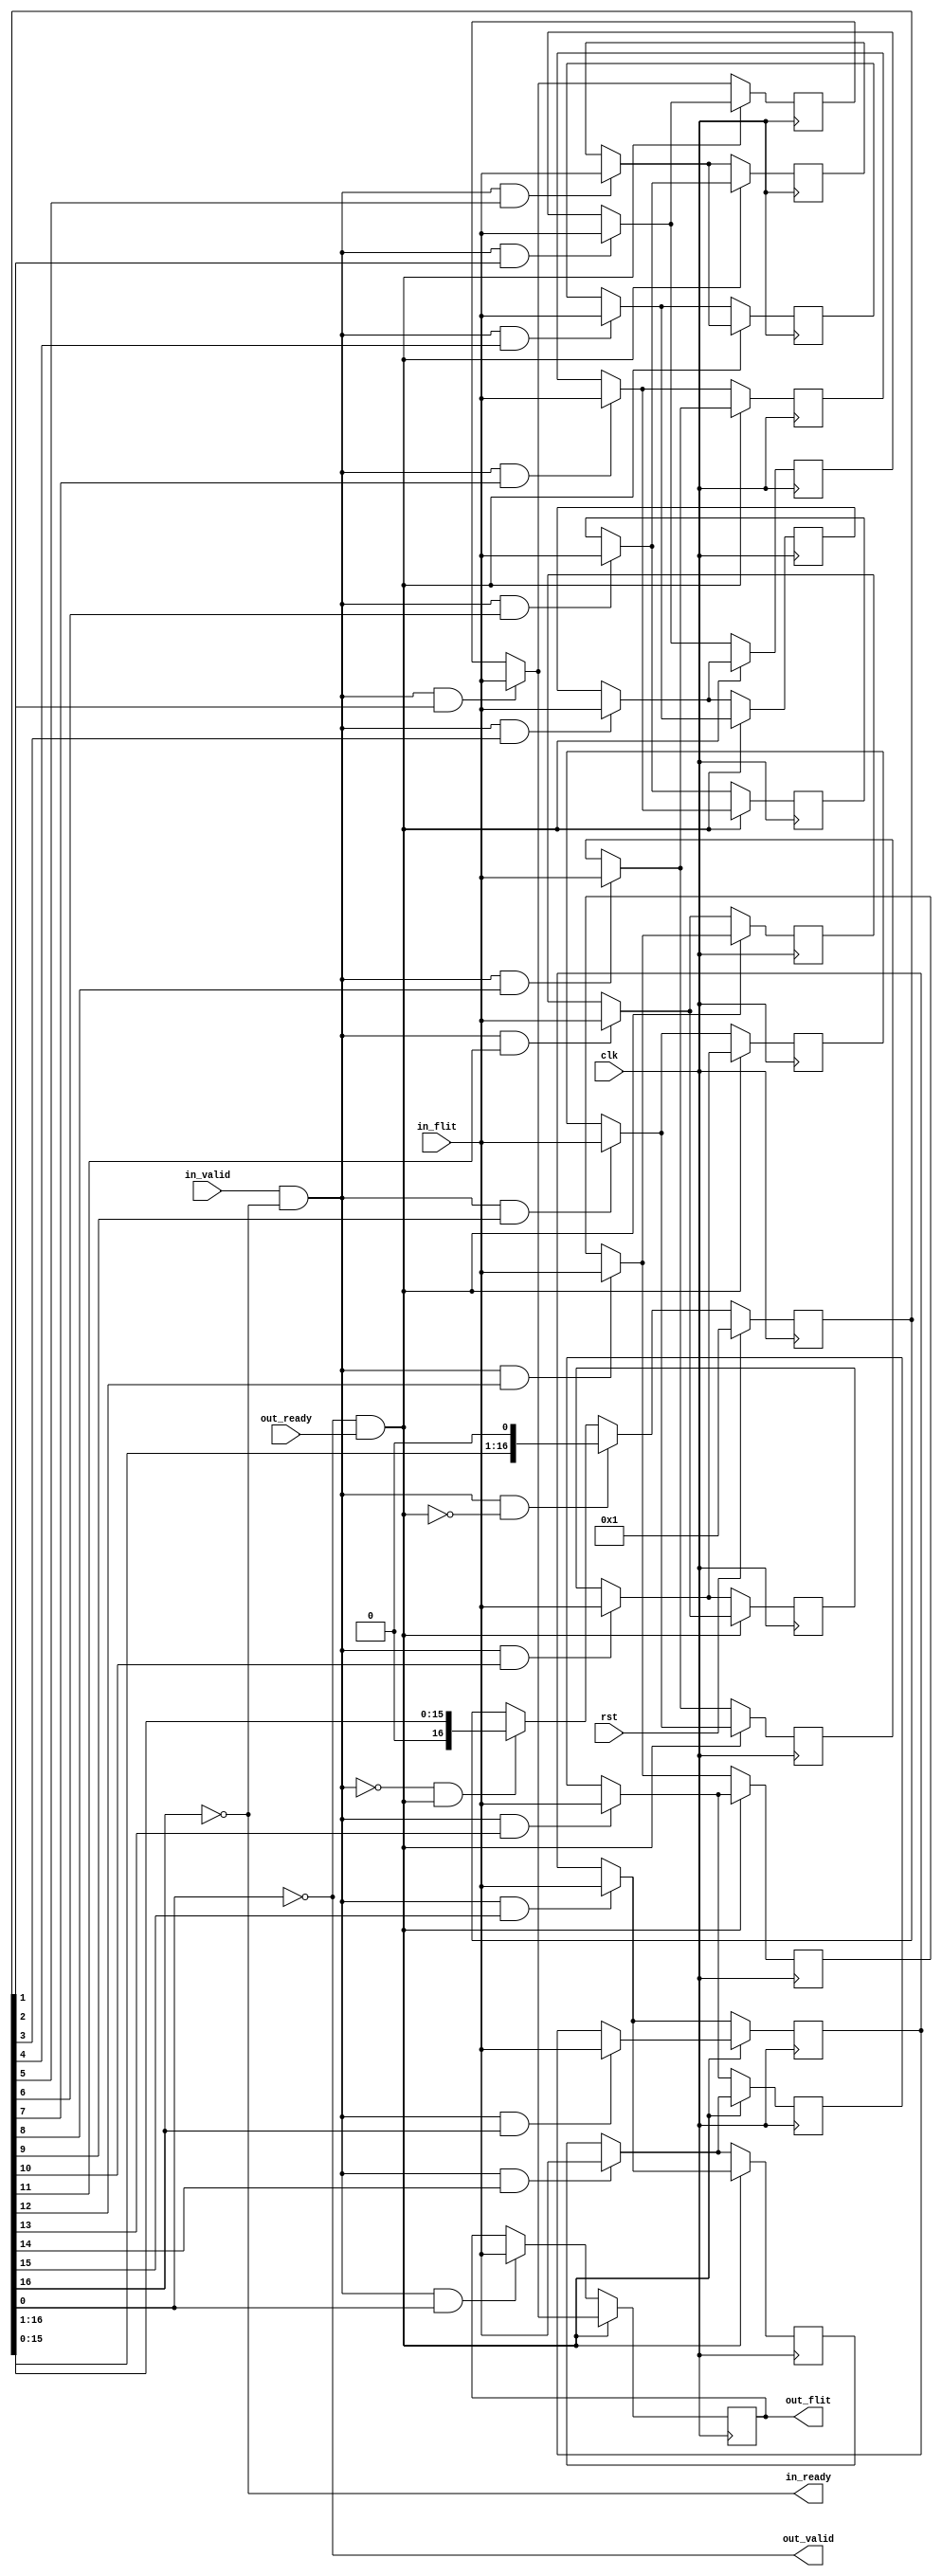
/* Copyright (c) 2015 by the author(s)
 *
 * Permission is hereby granted, free of charge, to any person obtaining a copy
 * of this software and associated documentation files (the "Software"), to deal
 * in the Software without restriction, including without limitation the rights
 * to use, copy, modify, merge, publish, distribute, sublicense, and/or sell
 * copies of the Software, and to permit persons to whom the Software is
 * furnished to do so, subject to the following conditions:
 *
 * The above copyright notice and this permission notice shall be included in
 * all copies or substantial portions of the Software.
 *
 * THE SOFTWARE IS PROVIDED "AS IS", WITHOUT WARRANTY OF ANY KIND, EXPRESS OR
 * IMPLIED, INCLUDING BUT NOT LIMITED TO THE WARRANTIES OF MERCHANTABILITY,
 * FITNESS FOR A PARTICULAR PURPOSE AND NONINFRINGEMENT. IN NO EVENT SHALL THE
 * AUTHORS OR COPYRIGHT HOLDERS BE LIABLE FOR ANY CLAIM, DAMAGES OR OTHER
 * LIABILITY, WHETHER IN AN ACTION OF CONTRACT, TORT OR OTHERWISE, ARISING FROM,
 * OUT OF OR IN CONNECTION WITH THE SOFTWARE OR THE USE OR OTHER DEALINGS IN
 * THE SOFTWARE.
 *
 * =============================================================================
 *
 * This is the FIFO used by the 32 to 16 converter.
 *
 * Author(s):
 *   Stefan Wallentowitz <stefan.wallentowitz@tum.de>
 *   Michael Tempelmeier <michael.tempelmeier@tum.de>
 */


module lisnoc16_fifo(/*AUTOARG*/
   // Outputs
   in_ready, out_flit, out_valid,
   // Inputs
   clk, rst, in_flit, in_valid, out_ready
   );

   parameter LENGTH = 16;
   parameter WIDTH  = 18;

   input  clk;
   input  rst;

   // FIFO input side
   input  [WIDTH-1:0] in_flit;  // input
   input  in_valid;             // write_enable
   output in_ready;             // accepting new data


   //FIFO output side
   output [WIDTH-1:0] out_flit;  // data_out
   output out_valid;             // data available
   input  out_ready;             // read request

      // Signals for fifo
   reg [WIDTH-1:0] fifo_data [0:LENGTH-1]; //actual fifo
   reg [WIDTH-1:0] nxt_fifo_data [0:LENGTH-1];
   reg [LENGTH:0]  fifo_write_ptr;

   wire pop;
   wire push;

   assign pop = out_valid & out_ready;
   assign push = in_valid & in_ready;

   assign out_flit = fifo_data[0];
   assign out_valid = !fifo_write_ptr[0];

   assign in_ready = !fifo_write_ptr[LENGTH];


   always @(posedge clk) begin
      if (rst) begin
         fifo_write_ptr <= {{LENGTH{1'b0}},1'b1};
      end else if (push & !pop) begin
         fifo_write_ptr <= fifo_write_ptr << 1;
      end else if (!push & pop) begin
         fifo_write_ptr <= fifo_write_ptr >> 1;
      end
   end

   always @(*) begin : shift_register_comb
      integer i;
      for (i=0;i<LENGTH;i=i+1) begin
         if (pop) begin
            if (push & fifo_write_ptr[i+1]) begin
               nxt_fifo_data[i] = in_flit;
            end else if (i<LENGTH-1) begin
               nxt_fifo_data[i] = fifo_data[i+1];
            end else begin
               nxt_fifo_data[i] = fifo_data[i];
            end
         end else if (push & fifo_write_ptr[i]) begin
            nxt_fifo_data[i] = in_flit;
         end else begin
            nxt_fifo_data[i] = fifo_data[i];
         end
      end
   end

   always @(posedge clk) begin : shift_register_seq
      integer i;
      for (i=0;i<LENGTH;i=i+1)
         fifo_data[i] <= nxt_fifo_data[i];
   end

endmodule